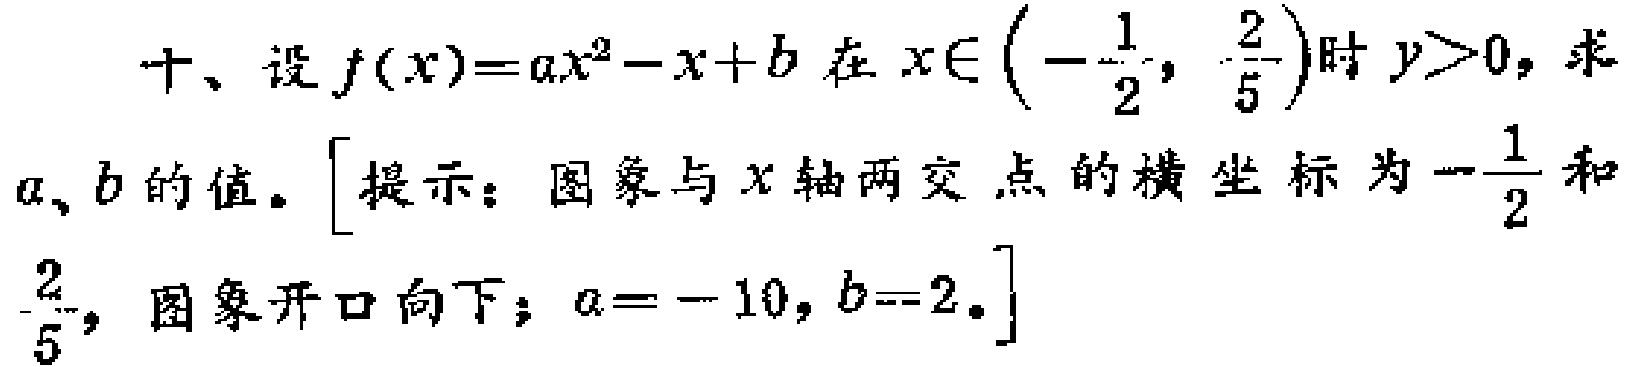
十、设$f(x)=ax^{2}-x + b$在$x\in\left(-\frac{1}{2},\frac{2}{5}\right)$时$y > 0$，求$a、b$的值。[提示：图象与$x$轴两交点的横坐标为$-\frac{1}{2}$和$\frac{2}{5}$，图象开口向下；$a = - 10，b = 2$。]